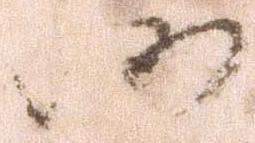
仍